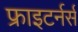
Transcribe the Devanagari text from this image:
फ्राइटर्नर्स